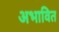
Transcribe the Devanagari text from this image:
अभावित